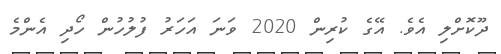
ދޫކޮށްލި އެވެ. އޭގެ ކުރިން 2020 ވަނަ އަހަރު ފުލުހުން ހޯދި އެންމެ